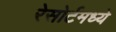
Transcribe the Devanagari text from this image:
रेसोर्टमध्ये